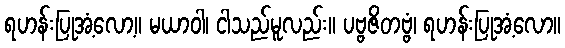
ရဟန်းပြုအံ့လော့။ မယာဝါ၊ ငါသည်မူလည်း။ ပဗ္ဗဇိတဗ္ဗံ၊ ရဟန်းပြုအံ့လော။